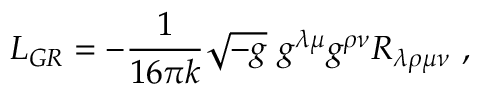
{ \cal L } _ { G R } = - \frac { 1 } { 1 6 \pi k } \sqrt { - g } ~ g ^ { \lambda \mu } g ^ { \rho \nu } R _ { \lambda \rho \mu \nu } ~ ,